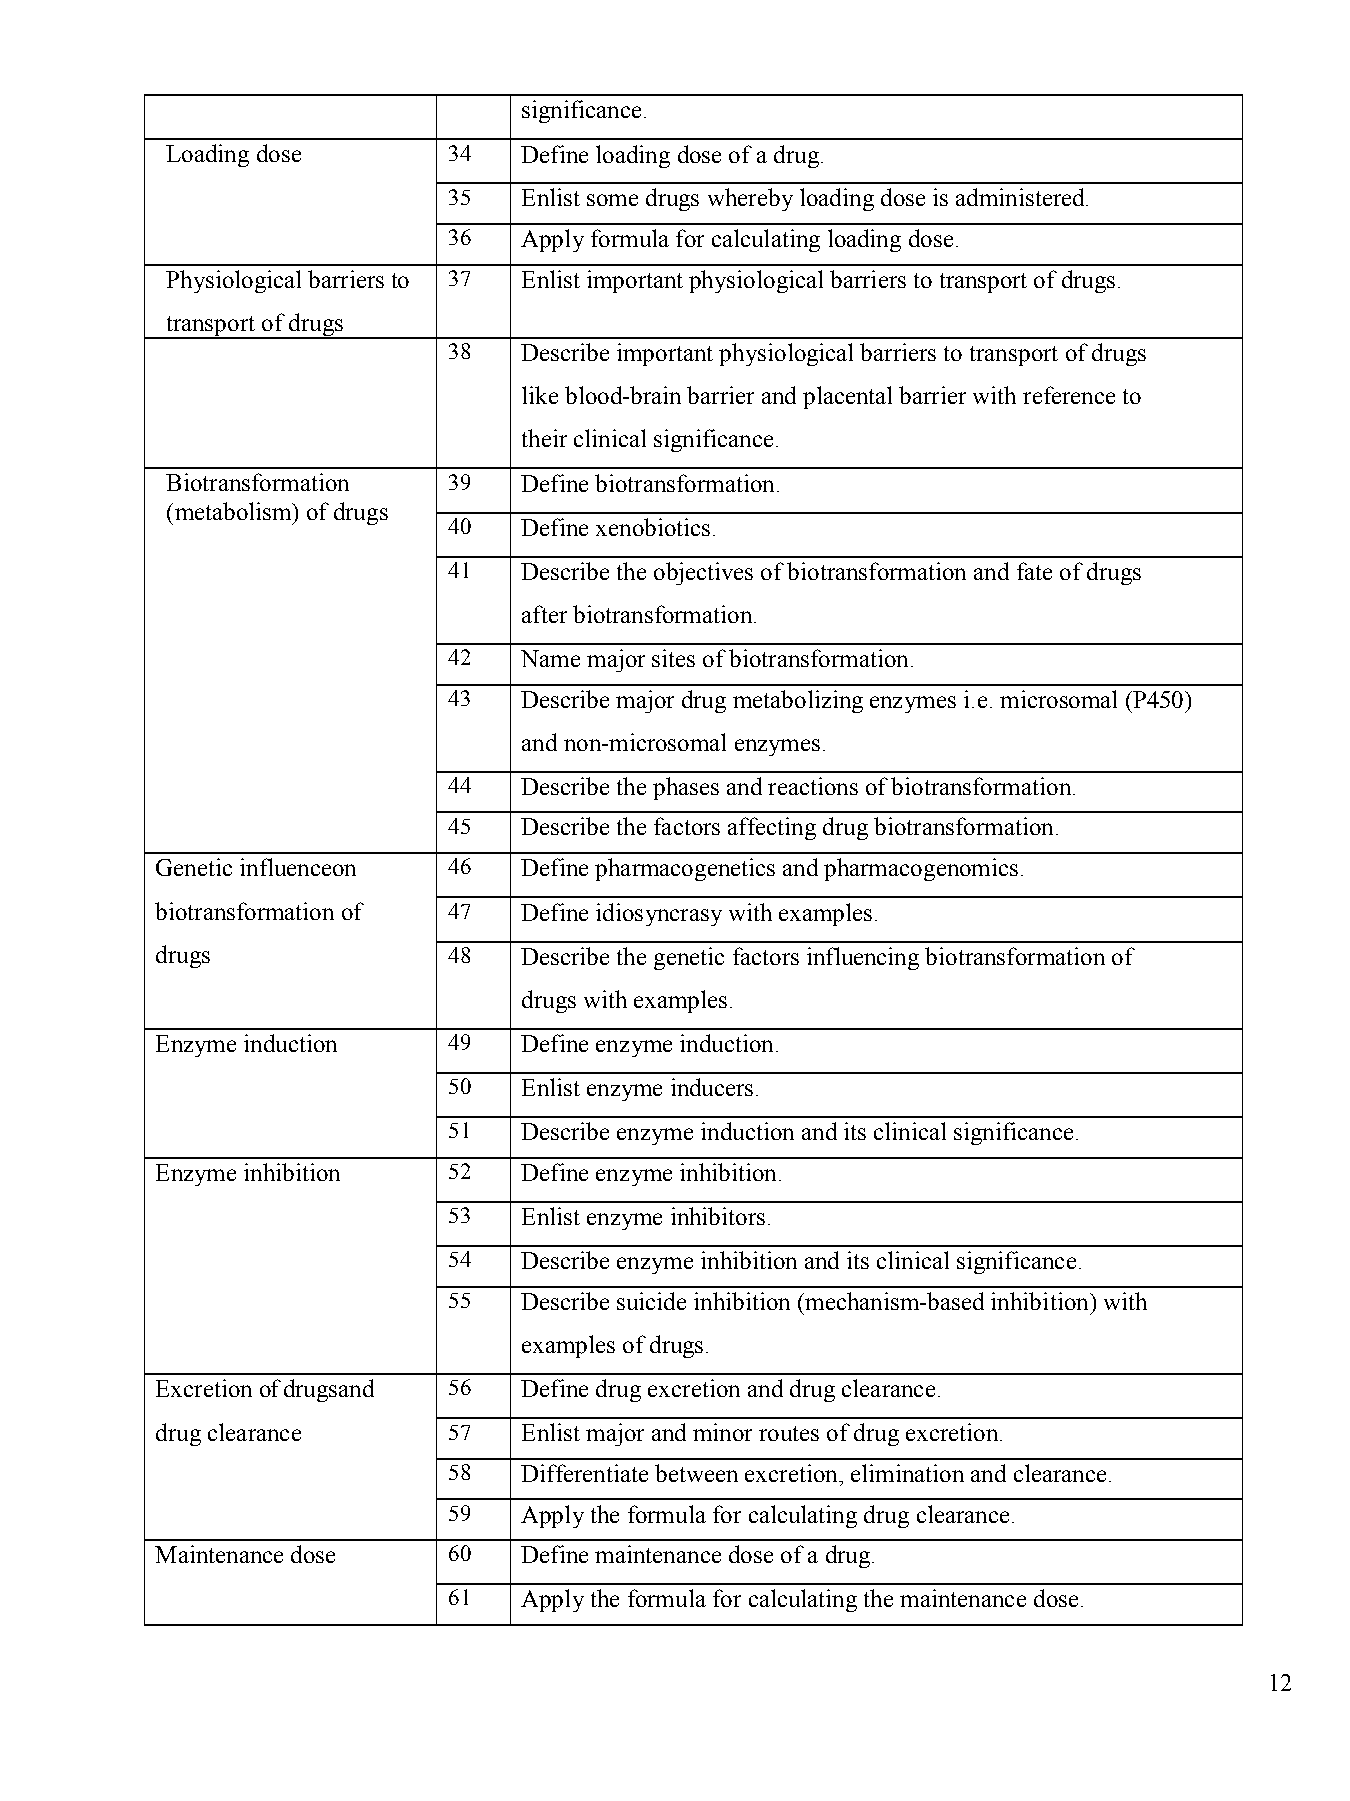
significance.
 Loading dose       34   Define loading dose of a drug.
 35   Enlist some drugs whereby loading dose is administered.
 36   Apply formula for calculating loading dose.
 Physiological barriers to 37 Enlist important physiological barriers to transport of drugs.
 transport of drugs
 38   Describe important physiological barriers to transport of drugs
 like blood-brain barrier and placental barrier with reference to
 their clinical significance.
 Biotransformation  39   Define biotransformation.
 (metabolism) of drugs
 40   Define xenobiotics.
 41   Describe the objectives of biotransformation and fate of drugs
 after biotransformation.
 42   Name major sites of biotransformation.
 43   Describe major drug metabolizing enzymes i.e. microsomal (P450)
 and non-microsomal enzymes.
 44   Describe the phases and reactions of biotransformation.
 45   Describe the factors affecting drug biotransformation.
 Genetic influenceon 46   Define pharmacogenetics and pharmacogenomics.
 biotransformation of 47  Define idiosyncrasy with examples.
 drugs               48   Describe the genetic factors influencing biotransformation of
 drugs with examples.
 Enzyme induction    49   Define enzyme induction.
 50   Enlist enzyme inducers.
 51   Describe enzyme induction and its clinical significance.
 Enzyme inhibition   52   Define enzyme inhibition.
 53   Enlist enzyme inhibitors.
 54   Describe enzyme inhibition and its clinical significance.
 55   Describe suicide inhibition (mechanism-based inhibition) with
 examples of drugs.
 Excretion of drugsand 56 Define drug excretion and drug clearance.
 drug clearance      57   Enlist major and minor routes of drug excretion.
 58   Differentiate between excretion, elimination and clearance.
 59   Apply the formula for calculating drug clearance.
 Maintenance dose    60   Define maintenance dose of a drug.
 61   Apply the formula for calculating the maintenance dose.
 12